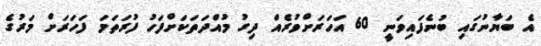
އެ ބަޔާނުގައި ބުނެފައިވަނީ 60 އަހަރަށްވުރެއް ދިގު މުއްދަތަކަށްފަހު ފުރަތަމަ ފަހަރަށް މަރުގެ